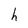
Character: h